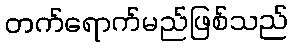
တက်ရောက်မည်ဖြစ်သည်